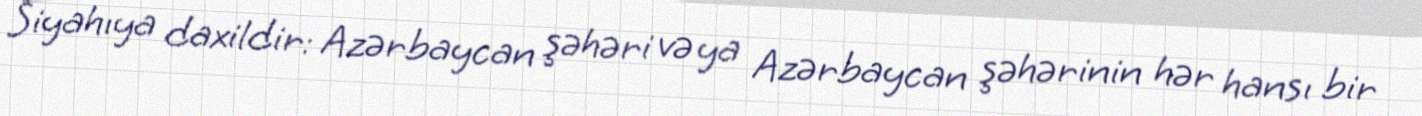
Siyahıya daxildir: Azərbaycan şəhəri və ya Azərbaycan şəhərinin hər hansı bir